Civil Veterinary Dept. Bombay admin report 1923-31 - 1923-1931
Year: 1923
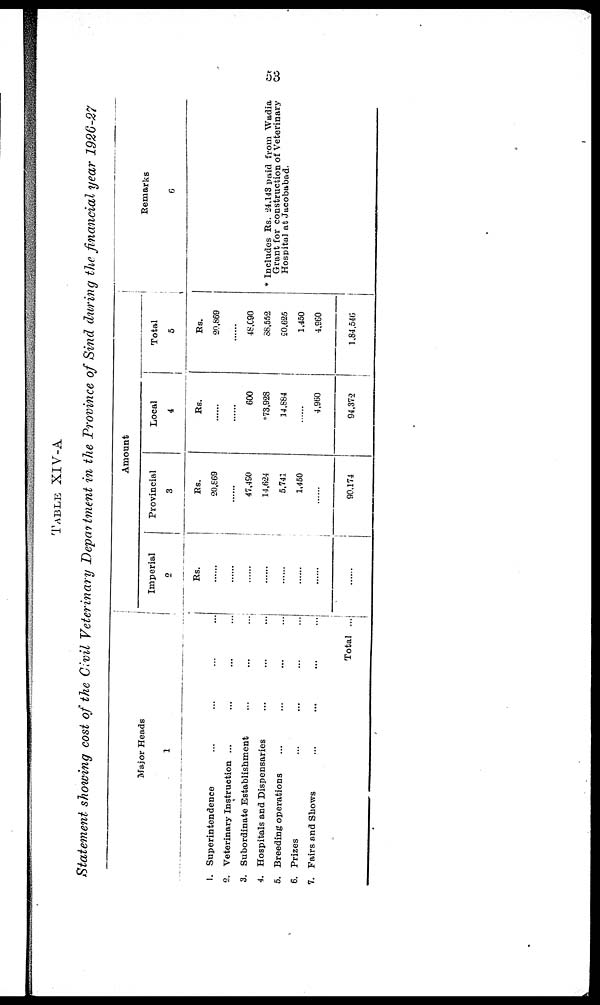
53
TABLE XIV-A
Statement showing cost of the Civil Veterinary Department in the Province of Sind during the financial year 1926-27
Major Heads
1
1. Superintendence ... ... ... ...
2. Veterinary Instruction ... ... ... ...
3. Subordinate Establishment ... ... ...
4. Hospitals and Dispensaries ... ... ...
5. Breeding operations ... ... ... ...
6. Prizes ... ... ... ...
7. Fairs and Shows ... ... ... ...
Total ...
Amount
Imperial
2
Rs.
......
......
......
......
......
......
......
......
Provincial
3
Rs.
20,869
......
47,490
14,624
5,741
1,450
......
90,174
Local
4
Rs.
......
......
600
*73,928
14,884
......
4,960
94,372
Total
5
Rs.
20,869
......
48,090
38,552
20,625
1,450
4,960
1,84,546
Remarks
6
* Includes Rs. 24,143 paid from Wadia
Grant for construction of Veterinary
Hospital at Jacobabad.